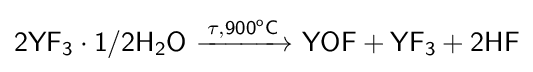
{\mathsf {2YF_{3}\cdot 1/2H_{2}O\ {\xrightarrow {\tau ,900^{o}C}}\ YOF+YF_{3}+2HF}}